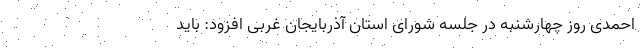
احمدی روز چهارشنبه در جلسه شورای استان آذربایجان غربی افزود: باید